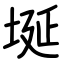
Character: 埏